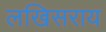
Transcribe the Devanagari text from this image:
लखिसराय